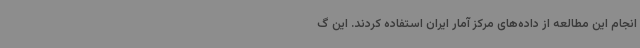
انجام این مطالعه از داده‌های مرکز آمار ایران استفاده کردند. این گ